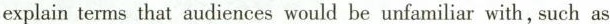
explain terms that audiences would be unfamiliar with, such as